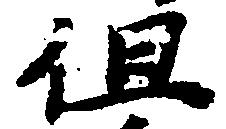
但